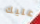
عليك